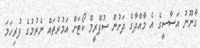
ގާނޫނު އަސާސީގެ އެ މާއްދާގެ ދަށުން ސުޕްރީމް ކޯޓަށް އަމުރުތައް ނެރުމުގެ ފުރިހަމަ